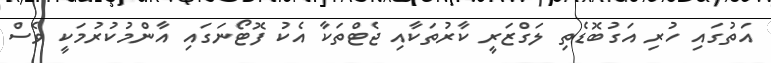
އަތުގައި ހުރި އަގުބޮޑެތި ލަގްޒަރީ ކާރުތަކާއި ޖެޓްތަކާ އެކު ފޮޓޯނަގައި އާންމުކުރުމަކީ ވެސް